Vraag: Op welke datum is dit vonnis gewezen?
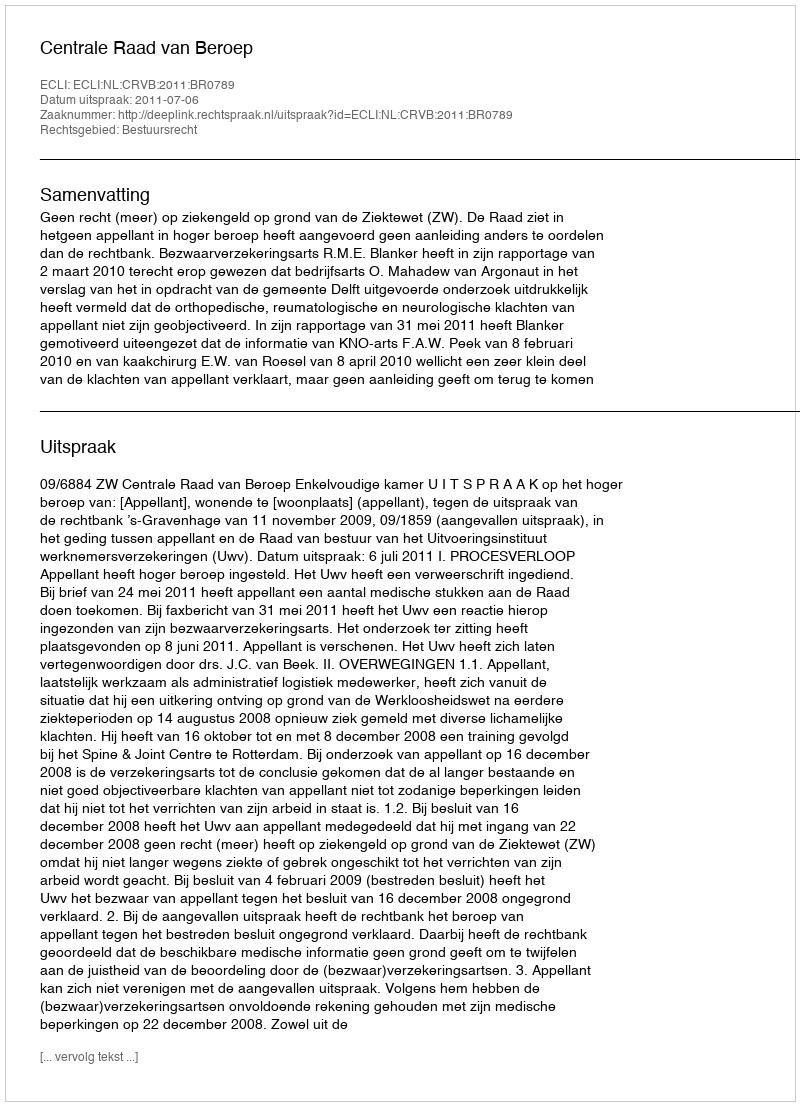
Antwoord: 2011-07-06